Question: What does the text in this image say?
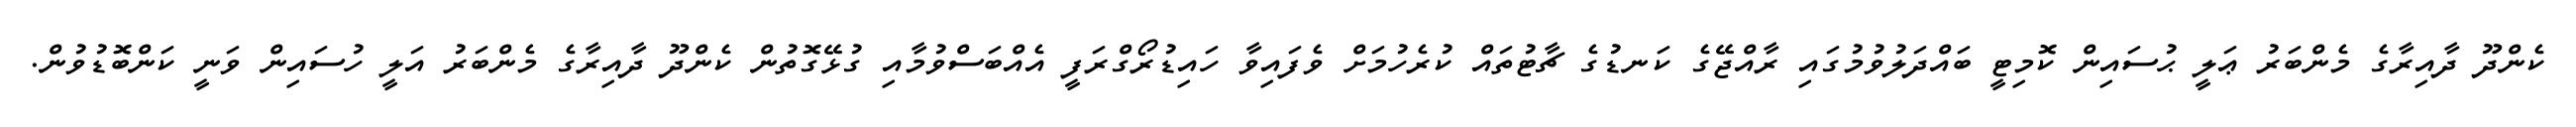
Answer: ކެންދޫ ދާއިރާގެ މެންބަރު ޢަލީ ޙުސައިން ކޮމިޓީ ބައްދަލުވުމުގައި ރާއްޖޭގެ ކަނޑުގެ ޗާޓުތައް ކުރެހުމަށް ވެފައިވާ ހައިޑުރޯގްރަފީ އެއްބަސްވުމާއި ގުޅޭގޮތުން ކެންދޫ ދާއިރާގެ މެންބަރު އަލީ ހުސައިން ވަނީ ކަންބޮޑުވުން.